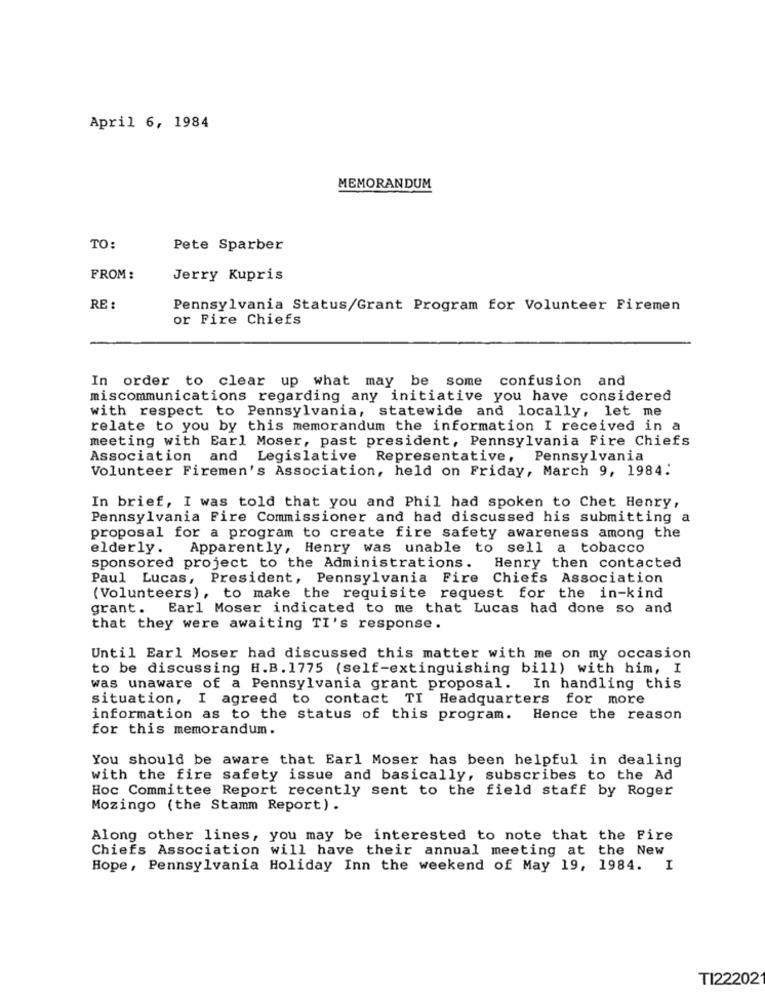
April 6, 1984
MEMORANDUM
TO:
Pete Sparber
FROM:
Jerry Kupris
RE :
Pennsylvania Status/Grant Program for Volunteer Firemen
or Fire Chiefs
In order to clear up what may be some confusion and
miscommunications regarding any initiative you have considered
with respect to Pennsylvania, statewide and locally, let me
relate to you by this memorandum the information I received in a
meeting with Earl Moser, past president, Pennsylvania Fire Chiefs
Association and Legislative Representative, Pennsylvania
Volunteer Firemen's Association, held on Friday, March 9, 1984.
In brief, I was told that you and Phil had spoken to Chet Henry,
Pennsylvania Fire Commissioner and had discussed his submitting a
proposal for a program to create fire safety awareness among the
elderly. Apparently, Henry was unable to sell a tobacco
sponsored project to the Administrations.
Henry then contacted
Paul Lucas, President, Pennsylvania Fire Chiefs Association
(Volunteers), to make the requisite request for the in-kind
grant. Earl Moser indicated to me that Lucas had done so and
that they were awaiting TI's response.
Until Earl Moser had discussed this matter with me on my occasion
to be discussing H.B. 1775 (self-extinguishing bill) with him, I
was unaware of a Pennsylvania grant proposal. In handling this
situation, I agreed to contact TI Headquarters for more
information as to the status of this program. Hence the reason
for this memorandum.
You should be aware that Earl Moser has been helpful in dealing
with the fire safety issue and basically, subscribes to the Ad
Hoc Committee Report recently sent to the field staff by Roger
Mozingo (the Stamm Report) .
Along other lines, you may be interested to note that the Fire
Chiefs Association will have their annual meeting at the New
Hope, Pennsylvania Holiday Inn the weekend of May 19, 1984. I
TI22202